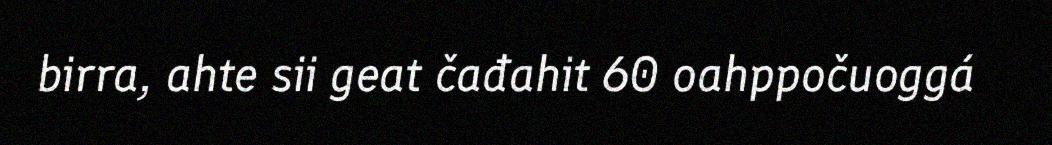
birra, ahte sii geat čađahit 60 oahppočuoggá